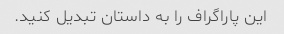
این پاراگراف را به داستان تبدیل کنید.